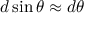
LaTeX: d \sin \theta \approx d \theta